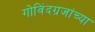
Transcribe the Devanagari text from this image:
गोविंदग्रजांच्या